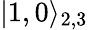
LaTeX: |1,0\rangle_{2,3}